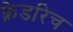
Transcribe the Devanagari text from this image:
फ़्रेडरिच